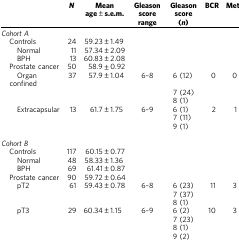
<table><thead><tr><td>[EMPTY_CELL]</td><td><b><i>N</i></b></td><td><b>Mean age±s.e.m.</b></td><td><b>Gleason score range</b></td><td><b>Gleason score (<i>n</i>)</b></td><td><b>BCR</b></td><td><b>Mets</b></td></tr></thead><tbody><tr><td colspan="7"><i>Cohort A</i></td></tr><tr><td> Controls</td><td>24</td><td>59.23±1.49</td><td>[EMPTY_CELL]</td><td>[EMPTY_CELL]</td><td>[EMPTY_CELL]</td><td>[EMPTY_CELL]</td></tr><tr><td>Normal</td><td>11</td><td>57.34±2.09</td><td>[EMPTY_CELL]</td><td>[EMPTY_CELL]</td><td>[EMPTY_CELL]</td><td>[EMPTY_CELL]</td></tr><tr><td>BPH</td><td>13</td><td>60.83±2.08</td><td>[EMPTY_CELL]</td><td>[EMPTY_CELL]</td><td>[EMPTY_CELL]</td><td>[EMPTY_CELL]</td></tr><tr><td> Prostate cancer</td><td>50</td><td>58.9±0.92</td><td>[EMPTY_CELL]</td><td>[EMPTY_CELL]</td><td>[EMPTY_CELL]</td><td>[EMPTY_CELL]</td></tr><tr><td>Organ confined</td><td>37</td><td>57.9±1.04</td><td>6–8</td><td>6 (12)</td><td>0</td><td>0</td></tr><tr><td>[EMPTY_CELL]</td><td>[EMPTY_CELL]</td><td>[EMPTY_CELL]</td><td>[EMPTY_CELL]</td><td>7 (24)</td><td>[EMPTY_CELL]</td><td>[EMPTY_CELL]</td></tr><tr><td>[EMPTY_CELL]</td><td>[EMPTY_CELL]</td><td>[EMPTY_CELL]</td><td>[EMPTY_CELL]</td><td>8 (1)</td><td>[EMPTY_CELL]</td><td>[EMPTY_CELL]</td></tr><tr><td>Extracapsular</td><td>13</td><td>61.7±1.75</td><td>6–9</td><td>6 (1)</td><td>2</td><td>1</td></tr><tr><td>[EMPTY_CELL]</td><td>[EMPTY_CELL]</td><td>[EMPTY_CELL]</td><td>[EMPTY_CELL]</td><td>7 (11)</td><td>[EMPTY_CELL]</td><td>[EMPTY_CELL]</td></tr><tr><td>[EMPTY_CELL]</td><td>[EMPTY_CELL]</td><td>[EMPTY_CELL]</td><td>[EMPTY_CELL]</td><td>9 (1)</td><td>[EMPTY_CELL]</td><td>[EMPTY_CELL]</td></tr><tr><td>[EMPTY_CELL]</td><td>[EMPTY_CELL]</td><td>[EMPTY_CELL]</td><td>[EMPTY_CELL]</td><td>[EMPTY_CELL]</td><td>[EMPTY_CELL]</td><td>[EMPTY_CELL]</td></tr><tr><td colspan="7"><i>Cohort B</i></td></tr><tr><td> Controls</td><td>117</td><td>60.15±0.77</td><td>[EMPTY_CELL]</td><td>[EMPTY_CELL]</td><td>[EMPTY_CELL]</td><td>[EMPTY_CELL]</td></tr><tr><td>Normal</td><td>48</td><td>58.33±1.36</td><td>[EMPTY_CELL]</td><td>[EMPTY_CELL]</td><td>[EMPTY_CELL]</td><td>[EMPTY_CELL]</td></tr><tr><td>BPH</td><td>69</td><td>61.41±0.87</td><td>[EMPTY_CELL]</td><td>[EMPTY_CELL]</td><td>[EMPTY_CELL]</td><td>[EMPTY_CELL]</td></tr><tr><td> Prostate cancer</td><td>90</td><td>59.72±0.64</td><td>[EMPTY_CELL]</td><td>[EMPTY_CELL]</td><td>[EMPTY_CELL]</td><td>[EMPTY_CELL]</td></tr><tr><td>pT2</td><td>61</td><td>59.43±0.78</td><td>6–8</td><td>6 (23)</td><td>11</td><td>3</td></tr><tr><td>[EMPTY_CELL]</td><td>[EMPTY_CELL]</td><td>[EMPTY_CELL]</td><td>[EMPTY_CELL]</td><td>7 (37)</td><td>[EMPTY_CELL]</td><td>[EMPTY_CELL]</td></tr><tr><td>[EMPTY_CELL]</td><td>[EMPTY_CELL]</td><td>[EMPTY_CELL]</td><td>[EMPTY_CELL]</td><td>8 (1)</td><td>[EMPTY_CELL]</td><td>[EMPTY_CELL]</td></tr><tr><td>pT3</td><td>29</td><td>60.34±1.15</td><td>6–9</td><td>6 (2)</td><td>10</td><td>3</td></tr><tr><td>[EMPTY_CELL]</td><td>[EMPTY_CELL]</td><td>[EMPTY_CELL]</td><td>[EMPTY_CELL]</td><td>7 (23)</td><td>[EMPTY_CELL]</td><td>[EMPTY_CELL]</td></tr><tr><td>[EMPTY_CELL]</td><td>[EMPTY_CELL]</td><td>[EMPTY_CELL]</td><td>[EMPTY_CELL]</td><td>8 (1)</td><td>[EMPTY_CELL]</td><td>[EMPTY_CELL]</td></tr><tr><td>[EMPTY_CELL]</td><td>[EMPTY_CELL]</td><td>[EMPTY_CELL]</td><td>[EMPTY_CELL]</td><td>9 (2)</td><td>[EMPTY_CELL]</td><td>[EMPTY_CELL]</td></tr></tbody></table>